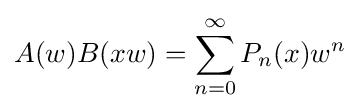
A(w)B(xw)=\sum _{n=0}^{\infty }P_{n}(x)w^{n}